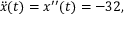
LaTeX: { \ddot { x } } ( t ) = x ^ { \prime \prime } ( t ) = - 3 2 , \,